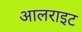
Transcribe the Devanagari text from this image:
आलराइट